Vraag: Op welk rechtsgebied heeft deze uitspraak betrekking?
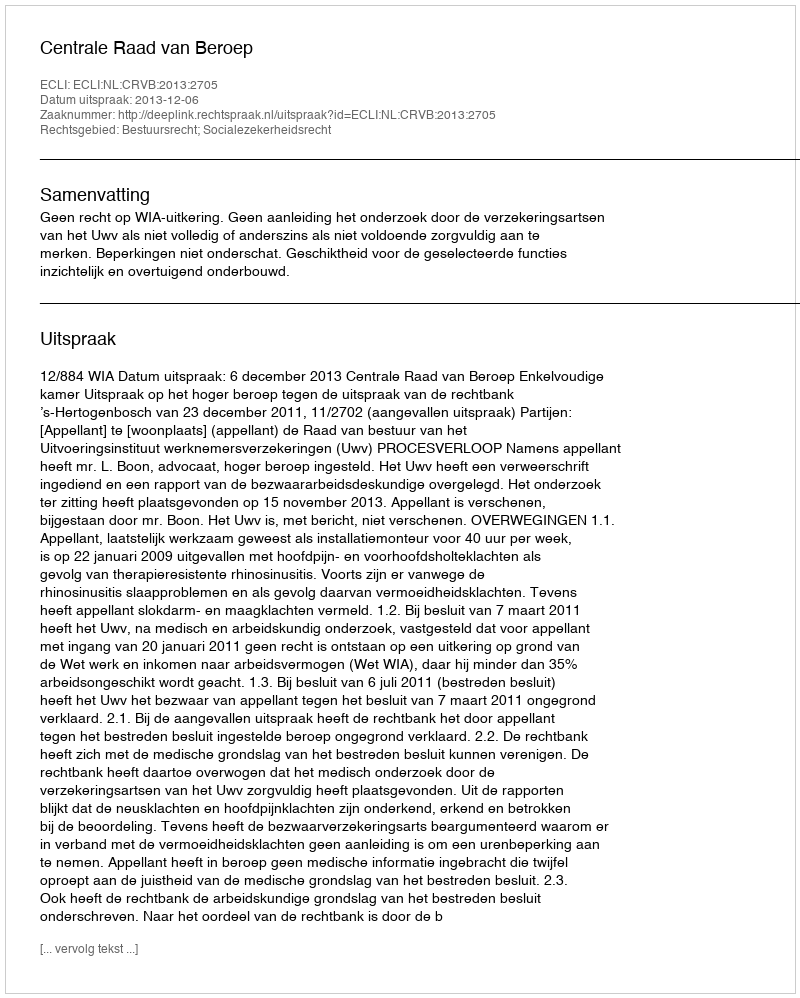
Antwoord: Bestuursrecht; Socialezekerheidsrecht